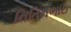
નિતિનભાઇ